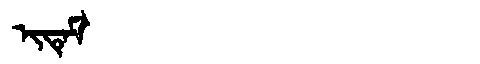
Manchu: ᡳᡨᡝᠮ
Romanization: ITEM